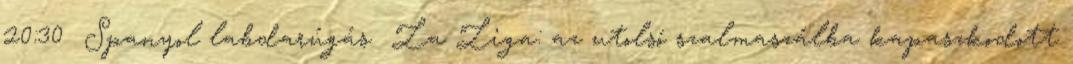
20:30 Spanyol labdarúgás La Liga: az utolsó szalmaszálba kapaszkodott